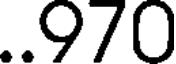
..970